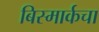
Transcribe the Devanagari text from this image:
बिस्मार्कचा